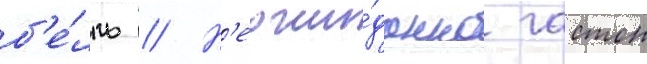
б'е́лль // Н'еожи́данно гастон